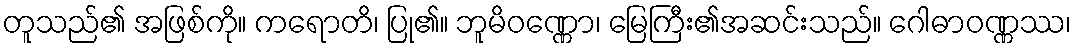
တူသည်၏ အဖြစ်ကို။ ကရောတိ၊ ပြု၏။ ဘူမိဝဏ္ဏော၊ မြေကြီး၏အဆင်းသည်။ ဂေါဓာဝဏ္ဏဿ၊